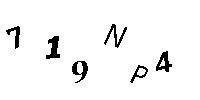
719NP4